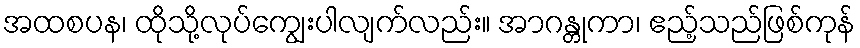
အထစပန၊ ထိုသို့လုပ်ကျွေးပါလျက်လည်း။ အာဂန္တုကာ၊ ဧည့်သည်ဖြစ်ကုန်